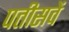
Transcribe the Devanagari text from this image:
पतीसवें